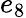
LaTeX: e_{8}